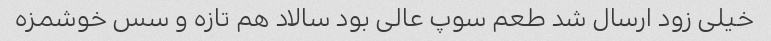
خیلی زود ارسال شد طعم سوپ عالی بود سالاد هم تازه و سس خوشمزه